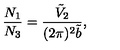
\frac { N _ { 1 } } { N _ { 3 } } = \frac { \tilde { V } _ { 2 } } { ( 2 \pi ) ^ { 2 } \tilde { b } } ,